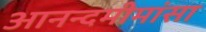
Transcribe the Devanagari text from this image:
आनन्दमीमांसा